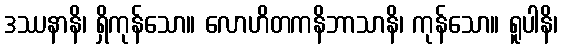
ဒဿနာနိ၊ ရှိကုန်သော။ လောဟိတကနိဘာသာနိ၊ ကုန်သော။ ရူပါနိ၊